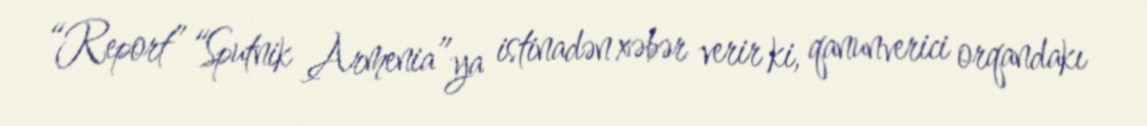
“Report” “Sputnik Armenia”ya istinadən xəbər verir ki, qanunverici orqandakı